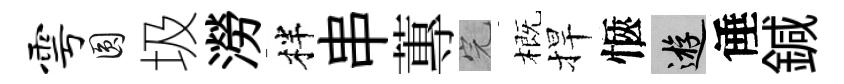
雩圓圾澇柈串蓴完概捍愜游倕鍼